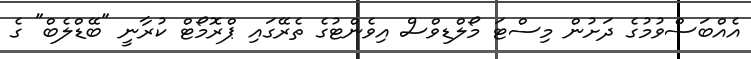
އެއްބަސްވުމުގެ ދަށުން މިސްޓަ މޯލްޑިވްސް އިވެންޓުގެ ތެރޭގައި ޕްރޮމޯޓް ކުރާނީ "ބޭޑްލެބް" ގެ